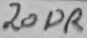
Text: 20DR